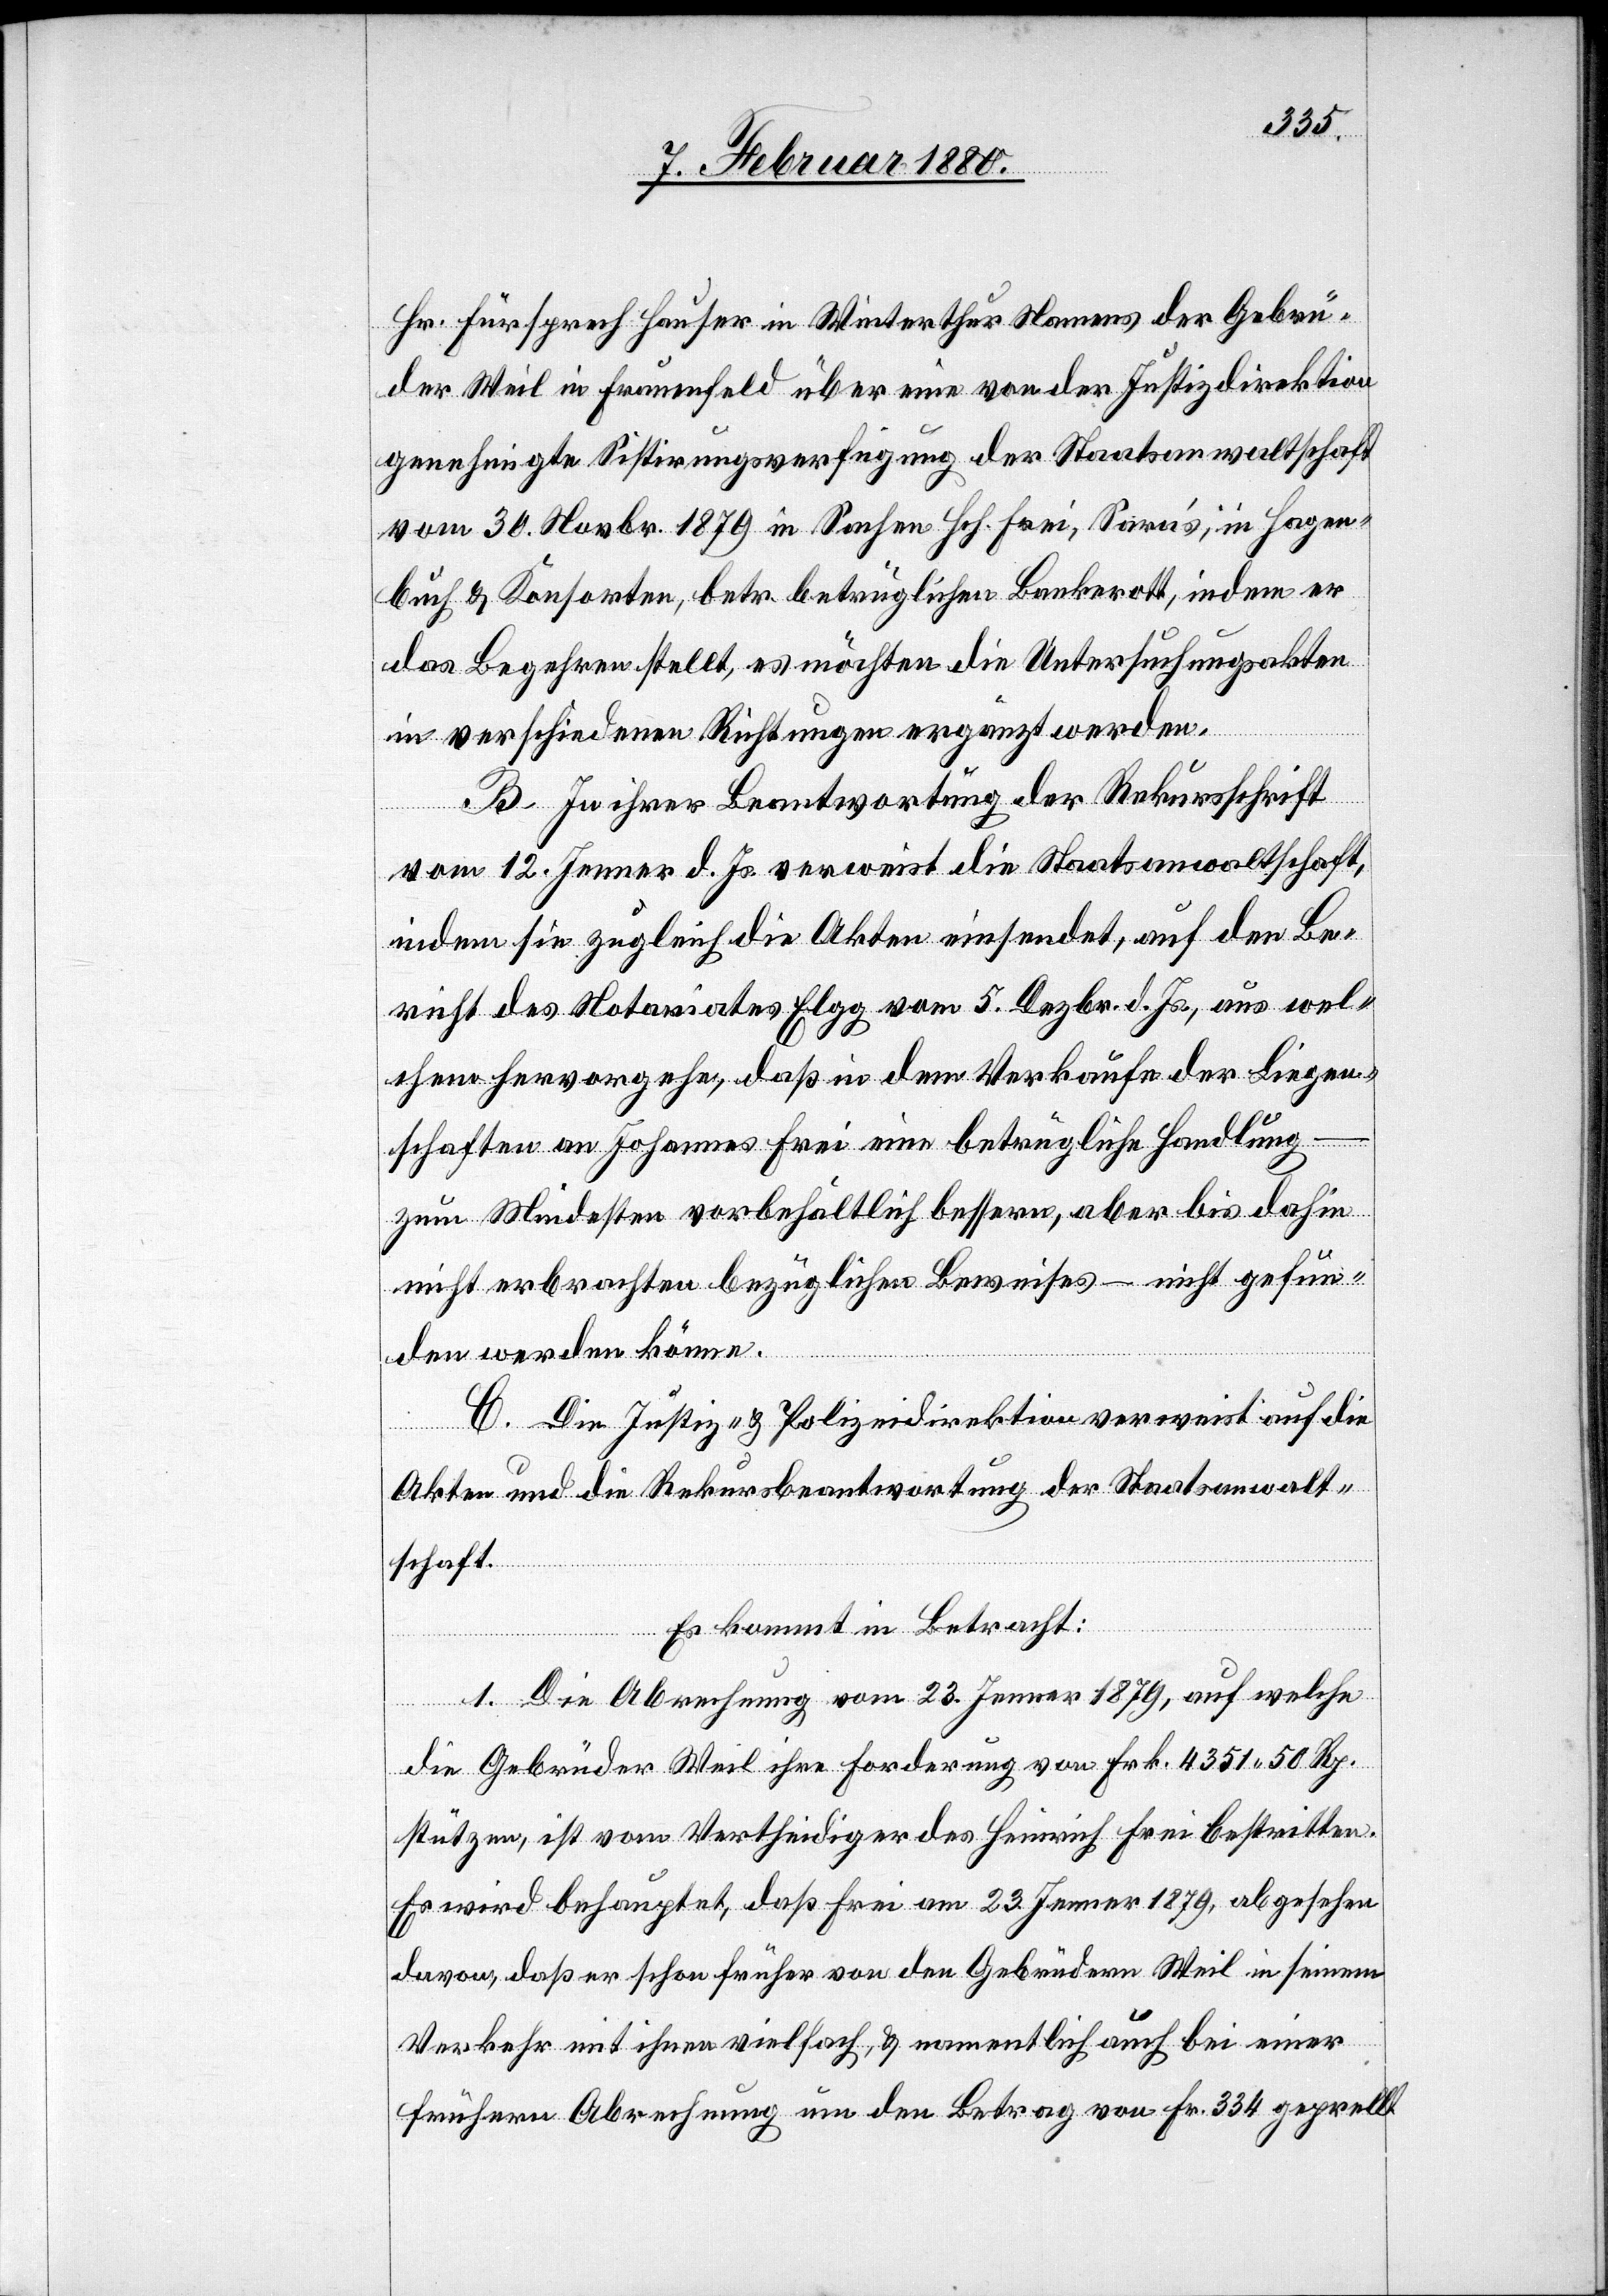
Hr. Fürsprech Hauser in Winterthur Namens der Gebrü¬
der Weil in Frauenfeld über eine von der Justizdirektion
genehmigte Sistirungsverfügung der Staatsanwaltschaft
vom 30. Novbr. 1879 in Sachen Hch. Frei, Sara’s, in Hagen¬
buch & Konsorten, betr. betrüglichen Bankerott, indem er
das Begehren stellt, es möchten die Untersuchungsakten
in verschiedenen Richtungen ergänzt werden.
B. In ihrer Beantwortung der Rekursschrift
vom 12. Jenner d. Js. verweist die Staatsanwaltschaft,
indem sie zugleich die Akten einsendet, auf den Be¬
richt des Notariates Elgg vom 5. Dezbr. d. Js., aus wel¬
chem hervorgehe, daß in dem Verkaufe der Liegen¬
schaften an Johannes Frei eine betrügliche Handlung
zum Mindesten vorbehältlich, aber bis dahin
nicht erbrachten bezüglichen Beweises – nicht gefun¬
den werden könne.
C. Die Justiz- & Polizeidirektion verweist auf die
Akten und die Rekursbeantwortung der Staatsanwalt¬
schaft.
Es kommt in Betracht:
1. Die Abrechnung vom 23. Jenner 1879, auf welche
die Gebrüder Weil ihre Forderung von Frk. 4351.50 Rp.
stützen, ist vom Vertheidiger des Heinrich Frei bestritten.
Es wird behauptet, daß Frei am 23. Jenner 1879, abgesehen
davon, daß er schon früher von den Gebrüdern Weil in seinem
Verkehr mit ihnen vielfach, & namentlich auch bei einer
frühern Abrechnung um den Betrag von Fr. 334 geprellt